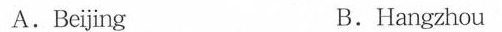
A.Beijing B.Hangzhou